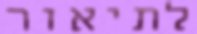
לתיאור